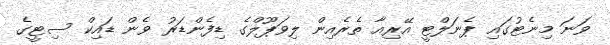
ވަނަ މިނެޓުގައި ޕެނަލްޓީ އޭރިއާ ތެރެއިން ލިވަޕޫލްގެ ޑިފެންޑަރު ވެން ޑައިކް ސިޓީގެ